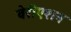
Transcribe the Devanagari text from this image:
वेरीएशन